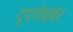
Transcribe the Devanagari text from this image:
दृग्गोच्चर